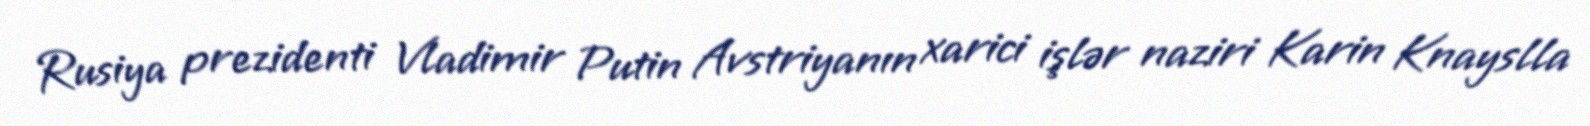
Rusiya prezidenti Vladimir Putin Avstriyanın xarici işlər naziri Karin Knayslla